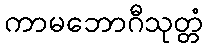
ကာမဘောဂီသုတ္တံ